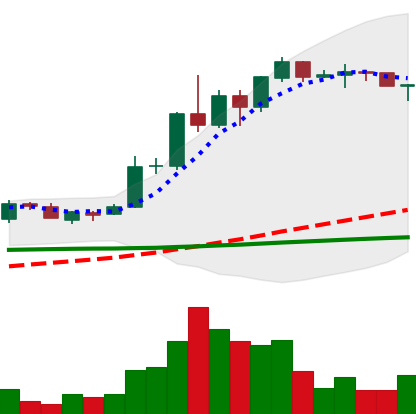
Ticker: ADA-USD
Chart end date: 2020-06-10
Forward return: -6.158%
Label: down_5_7